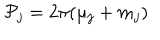
{ \cal P } _ { j } = 2 \pi ( \mu _ { j } + m _ { j } )